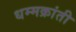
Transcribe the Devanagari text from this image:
धम्मक्रांती